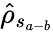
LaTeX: \hat{\rho}_{s_{a-b}}